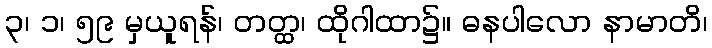
၃၊ ၁၊ ၅၉ မှယူရန်၊ တတ္ထ၊ ထိုဂါထာ၌။ ဓနပါလော နာမာတိ၊